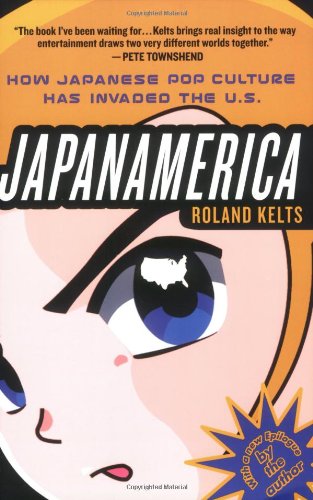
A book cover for Japanamerica: How Japanese Pop Culture Has Invaded the U.S.; Roland Kelts; Comics & Graphic Novels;